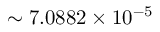
\sim 7 . 0 8 8 2 \times 1 0 ^ { - 5 }